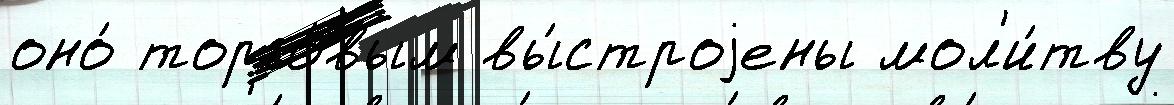
оно́ торго́вым вы́строjены мол'и́тву